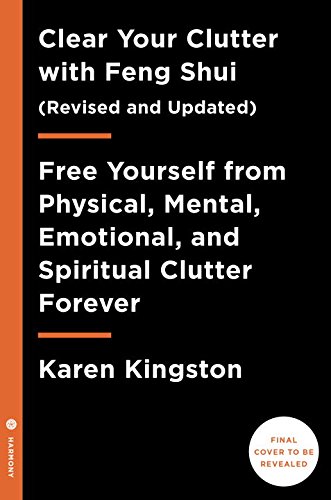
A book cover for Clear Your Clutter with Feng Shui (Revised and Updated); Karen Kingston; Religion & Spirituality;